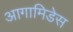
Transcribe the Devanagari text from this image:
आगामिडेस